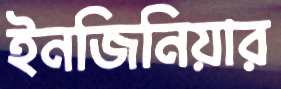
ইনজিনিয়ার